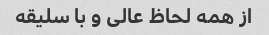
از همه لحاظ عالی و با سلیقه